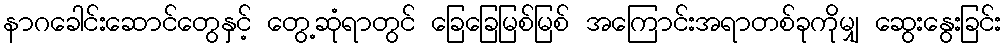
နာဂခေါင်းဆောင်တွေနှင့် တွေ့ဆုံရာတွင် ခြေခြေမြစ်မြစ် အကြောင်းအရာတစ်ခုကိုမျှ ဆွေးနွေးခြင်း